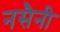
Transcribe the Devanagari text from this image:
नसैनी